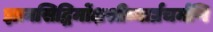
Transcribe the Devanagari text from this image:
ज्ञानसिद्धिर्मोक्षश्रीव्यार्घ्रचर्मणि